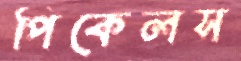
পিকেলস